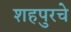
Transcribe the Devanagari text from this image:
शहपुरचे